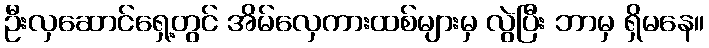
ဦးလှဆောင်ရှေ့တွင် အိမ်လှေကားထစ်များမှ လွဲပြီး ဘာမှ ရှိမနေ။